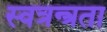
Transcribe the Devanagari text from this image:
स्वत्रन्त्रता